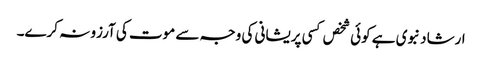
ارشاد نبوی ہے کوئی شخص کسی پریشانی کی وجہ سے موت کی آرزو نہ کرے۔